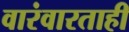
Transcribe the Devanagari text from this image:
वारंवारताही